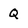
Character: Q